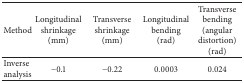
<table><thead><tr><td><b>Method</b></td><td><b>Longitudinal shrinkage (mm)</b></td><td><b>Transverse shrinkage (mm)</b></td><td><b>Longitudinal bending (rad)</b></td><td><b>Transverse bending (angular distortion) (rad)</b></td></tr></thead><tbody><tr><td>Inverse analysis</td><td>−0.1</td><td>−0.22</td><td>0.0003</td><td>0.024</td></tr></tbody></table>